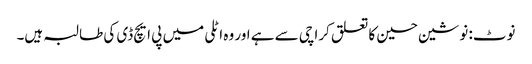
نوٹ: نوشین حسین کا تعلق کراچی سے ہے اور وہ اٹلی میں پی ایچ ڈی کی طالبہ ہیں۔